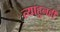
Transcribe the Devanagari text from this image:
त्याहुनही